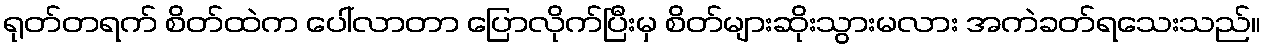
ရုတ်တရက် စိတ်ထဲက ပေါ်လာတာ ပြောလိုက်ပြီးမှ စိတ်များဆိုးသွားမလား အကဲခတ်ရသေးသည်။